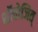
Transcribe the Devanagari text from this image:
शॉत्तोजित्